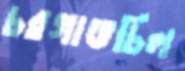
চরগাঙচিল